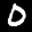
Label: 0